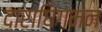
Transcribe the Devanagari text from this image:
दाराघिगमन